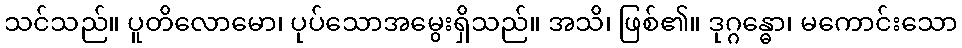
သင်သည်။ ပူတိလောမော၊ ပုပ်သောအမွေးရှိသည်။ အသိ၊ ဖြစ်၏။ ဒုဂ္ဂန္ဓော၊ မကောင်းသော